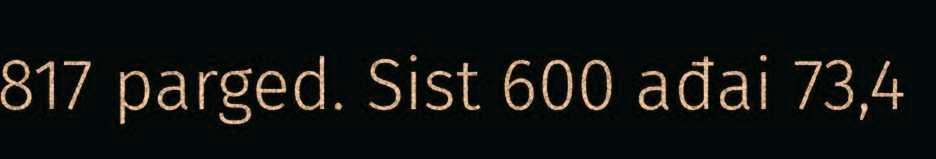
817 parged. Sist 600 ađai 73,4